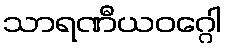
သာရဏီယဝဂ္ဂေါ